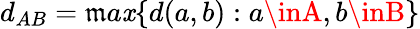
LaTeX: d_{AB}=\mathfrak{m}a\mathit{x}\{ d(a,b):a\inA,b\inB\}